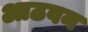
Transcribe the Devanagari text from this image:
आठवन